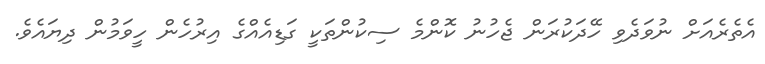
އެތެރެއަށް ނުވަދެވި ހޭދަކުރަން ޖެހުނު ކޮންމެ ސިކުންތަކީ ގަޑިއެއްގެ އިރުހެން ހީވަމުން ދިޔައެވެ.